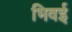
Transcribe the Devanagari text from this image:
भिवई